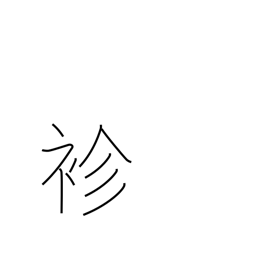
Meaning: thin kimono